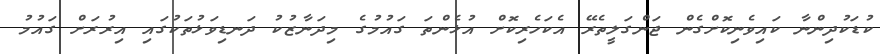
ކުޑަކުދިންނާ ކައިވެނިކޮށްގެން ޖަންގަލީތެރޭ އެކަހެރިކޮށް އުޅެންތަ ގައުމުގެ މިދަނާޒުކު ދަނޑިވަޅުތަކުގައި އިރުރަށް ގައުމު